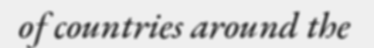
of countries around the